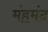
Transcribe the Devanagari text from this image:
मंहमंद